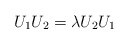
\begin{align*}U_{1}U_{2} = \lambda U_{2}U_{1}\end{align*}